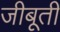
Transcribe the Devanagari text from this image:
जीबूती